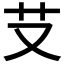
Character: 𦫿